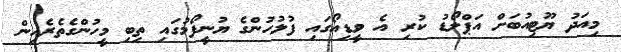
މިއަދު ޔޫޓިއުބަށް އަޕްލޯޑު ކުރި އެ ވީޑިއޯގައި ފުލުހުންގެ ޔުނީފޯމުގައި ތިބި މީހުންގެތެރެއިން